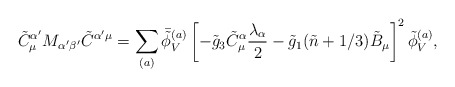
\begin{align*}\tilde{C}^{\alpha'}_\mu M_{\alpha' \beta'} \tilde{C}^{\alpha' \mu} = \sum_{(a)} \bar{\tilde{\phi}}^{(a)}_V \left[ -\tilde{g}_3 \tilde{C}^\alpha_\mu \frac{\lambda_\alpha}{2} - \tilde{g}_1 (\tilde{n}+1/3) \tilde{B}_\mu \right]^2 \tilde{\phi}^{(a)}_V,\end{align*}